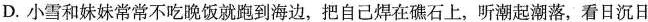
D. 小雪和妹妹常常不吃晚饭就跑到海边，把自己焊在礁石上，听潮起潮落，看日沉日